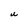
Character: U